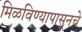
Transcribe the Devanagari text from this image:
मिळविण्यापासूनचे